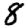
Digit: 8